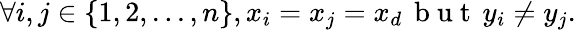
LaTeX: \forall i,j\in\{ 1,2,...,n\} ,x_{i}=x_{j}=x_{d}\, \mathrm{~b~u~t~}\, y_{i}\neq y_{j}{\mathrm{.}}